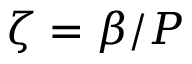
\zeta = \beta / P